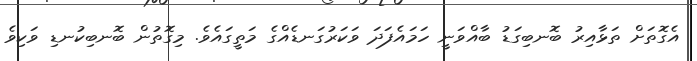
އެގޮތަށް ތަޅާއިރު ބޮނބިގަޑު ބާއްވަނީ ހަމައެފަދަ ވަކަރުގަނޑެއްގެ މަތީގައެވެ. މިގޮތުން ބޮނބިކުނޑި ވަކިވެ